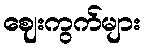
ဈေးကွက်များ